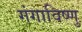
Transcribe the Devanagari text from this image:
गंगाविष्णु